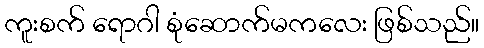
ကူးစက် ရောဂါ စုံဆောက်မကလေး ဖြစ်သည်။